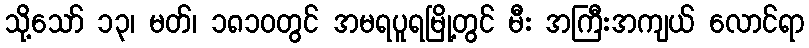
သို့သော် ၁၃၊ မတ်၊ ၁၈၁၀တွင် အမရပူရမြို့တွင် မီး အကြီးအကျယ် လောင်ရာ